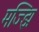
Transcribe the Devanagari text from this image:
मज्झि